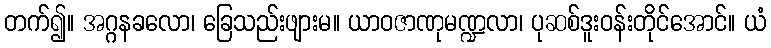
တက်၍။ အဂ္ဂနခလော၊ ခြေသည်းဖျားမ။ ယာဝဇာဏုမဏ္ဍလာ၊ ပုဆစ်ဒူးဝန်းတိုင်အောင်။ ယံ